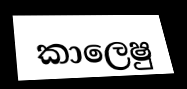
කාලෙෂු